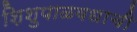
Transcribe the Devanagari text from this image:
शिशुपाळवधाची